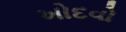
ખોદવો